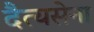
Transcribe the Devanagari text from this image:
दैत्यसेना